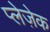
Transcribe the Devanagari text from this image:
प्लेज़ेक